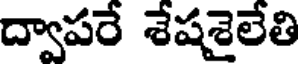
ద్వాపరే శేషశైలేతి